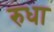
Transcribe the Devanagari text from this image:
रुधा